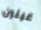
عينين